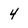
Character: 4